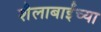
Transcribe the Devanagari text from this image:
शैलाबाईंच्या